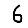
Digit: 6